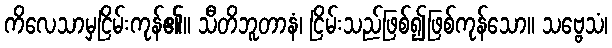
ကိလေသာမှငြိမ်းကုန်၏။ သီတိဘူတာနံ၊ ငြိမ်းသည်ဖြစ်၍ဖြစ်ကုန်သော။ သဗ္ဗေသံ၊